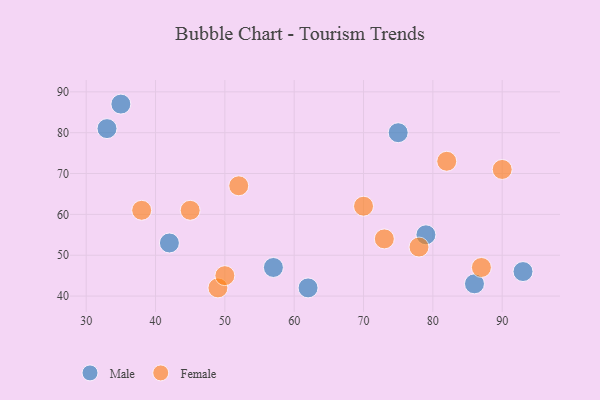
{"axis": {"x": "GDP", "y": "Life Expectancy"}, "legend": ["Female", "Male"], "data": [{"x": "33", "y": 81, "type": "Male"}, {"x": "86", "y": 43, "type": "Male"}, {"x": "42", "y": 53, "type": "Male"}, {"x": "57", "y": 47, "type": "Male"}, {"x": "93", "y": 46, "type": "Male"}, {"x": "75", "y": 80, "type": "Male"}, {"x": "35", "y": 87, "type": "Male"}, {"x": "62", "y": 42, "type": "Male"}, {"x": "79", "y": 55, "type": "Male"}, {"x": "70", "y": 62, "type": "Female"}, {"x": "87", "y": 47, "type": "Female"}, {"x": "52", "y": 67, "type": "Female"}, {"x": "90", "y": 71, "type": "Female"}, {"x": "82", "y": 73, "type": "Female"}, {"x": "45", "y": 61, "type": "Female"}, {"x": "78", "y": 52, "type": "Female"}, {"x": "73", "y": 54, "type": "Female"}, {"x": "38", "y": 61, "type": "Female"}, {"x": "49", "y": 42, "type": "Female"}, {"x": "50", "y": 45, "type": "Female"}]}